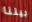
بيننا